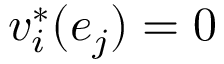
v _ { i } ^ { * } ( e _ { j } ) = 0